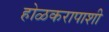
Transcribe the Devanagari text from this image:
होळकरापाशी